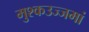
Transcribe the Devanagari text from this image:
मुश्कउज्जमां